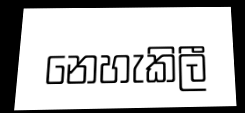
නෙහැකිලී